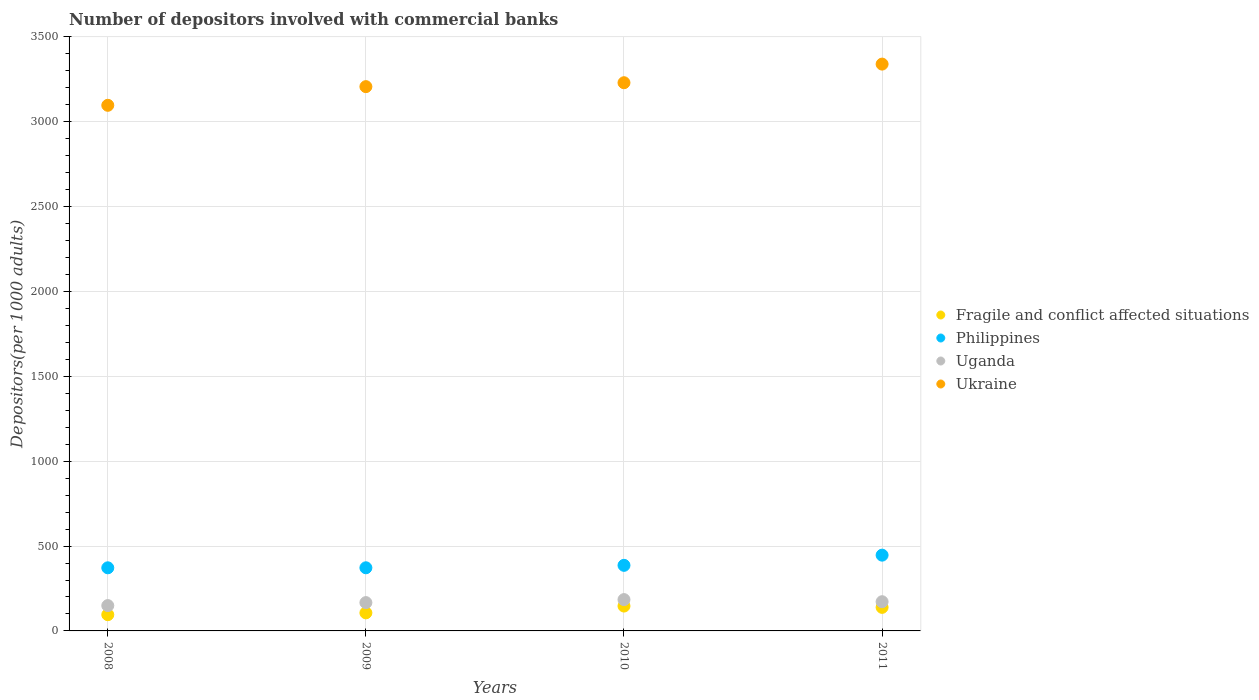
| Years | Fragile and conflict affected situations | Philippines | Uganda | Ukraine |
 | --- | --- | --- | --- | --- |
 | 2008 | 95.7 | 372 | 149 | 3.1e+03 |
 | 2009 | 106 | 372 | 167 | 3.21e+03 |
 | 2010 | 146 | 386 | 185 | 3.23e+03 |
 | 2011 | 139 | 446 | 172 | 3.34e+03 |